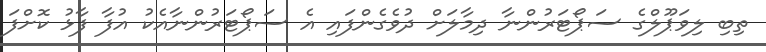
ތިބި ލިވަޕޫލްގެ ސަޕޯޓަރުންނާ ދިމާލަށް ދުވެގެންފައި އެ ސަޕޯޓަރުންނާއެކު އުފާ ފާޅު ކޮށްފަ